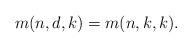
LaTeX: \begin{align*}m(n,d,k) = m(n,k,k).\end{align*}